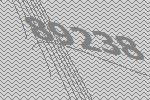
89238